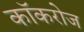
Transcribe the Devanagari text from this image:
कॉकरोज